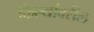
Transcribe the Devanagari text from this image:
किल्यांवरील